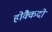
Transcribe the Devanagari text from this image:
होक्कैदो